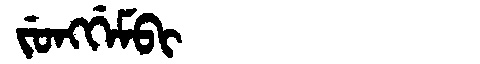
Manchu: ᠵᡠᠩᡤᡝᠮᠪᡳ
Romanization: JUNGGEMBI